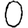
Digit: 0